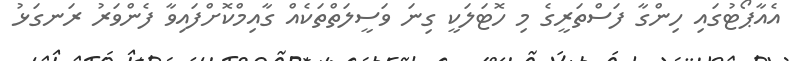
އެއާޕޯޓުގައި ހިންގާ ފަސްތަރީގެ މި ހޮޓަލަކީ ގިނަ ވަސީލަތްތަކެއް ގާއިމްކޮށްފައިވާ ފެންވަރު ރަނގަޅު